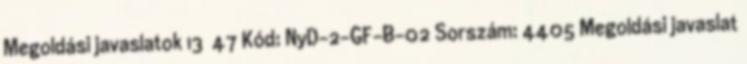
Megoldási javaslatok 13 47 Kód: NyD-2-GF-B-02 Sorszám: 4405 Megoldási javaslat